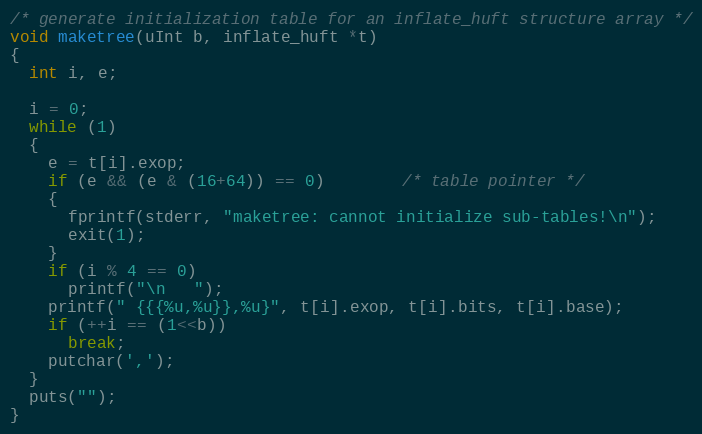
Language: C
/* generate initialization table for an inflate_huft structure array */
void maketree(uInt b, inflate_huft *t)
{
  int i, e;

  i = 0;
  while (1)
  {
    e = t[i].exop;
    if (e && (e & (16+64)) == 0)        /* table pointer */
    {
      fprintf(stderr, "maketree: cannot initialize sub-tables!\n");
      exit(1);
    }
    if (i % 4 == 0)
      printf("\n   ");
    printf(" {{{%u,%u}},%u}", t[i].exop, t[i].bits, t[i].base);
    if (++i == (1<<b))
      break;
    putchar(',');
  }
  puts("");
}